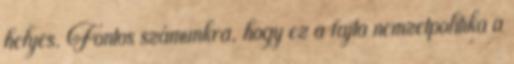
helyes. Fontos számunkra, hogy ez a fajta nemzetpolitika a